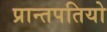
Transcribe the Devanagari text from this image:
प्रान्तपतियो